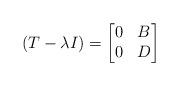
LaTeX: \begin{align*}(T-\lambda I) = \begin{bmatrix} 0 & B \\ 0 & D \end{bmatrix} \end{align*}